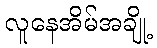
လူနေအိမ်အချို့